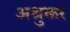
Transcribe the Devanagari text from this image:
अश्रुकर